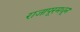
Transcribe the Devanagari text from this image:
राजापूरमधून